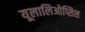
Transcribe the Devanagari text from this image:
यूलालिओप्सिस